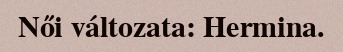
Női változata: Hermina.